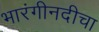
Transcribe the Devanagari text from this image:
भारंगीनदीचा